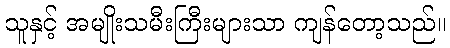
သူနှင့် အမျိုးသမီးကြီးများသာ ကျန်တော့သည်။